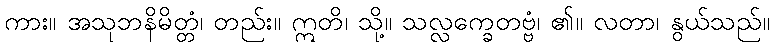
ကား။ အသုဘနိမိတ္တံ၊ တည်း။ ဣတိ၊ သို့။ သလ္လက္ခေတဗ္ဗံ၊ ၏။ လတာ၊ နွယ်သည်။